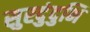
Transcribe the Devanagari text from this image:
सुरदुंदुभि